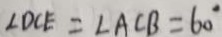
\angle D C E = \angle A C B = 6 0 ^ { \circ }